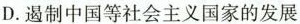
D.遏制中国等社会主义国的发展